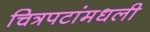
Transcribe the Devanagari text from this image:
चित्रपटांमधली